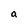
Character: a